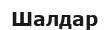
Шалдар